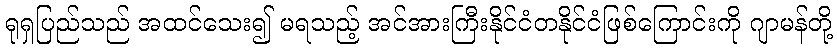
ရုရှပြည်သည် အထင်သေး၍ မရသည့် အင်အားကြီးနိုင်ငံတနိုင်ငံဖြစ်ကြောင်းကို ဂျာမန်တို့